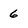
Character: 6